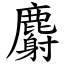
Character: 麝